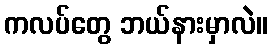
ကလပ်တွေ ဘယ်နားမှာလဲ။